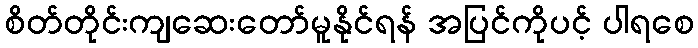
စိတ်တိုင်းကျဆေးတော်မူနိုင်ရန် အပြင်ကိုပင့် ပါရစေ